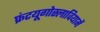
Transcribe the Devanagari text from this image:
फ्रंटयूगोस्लावियामें